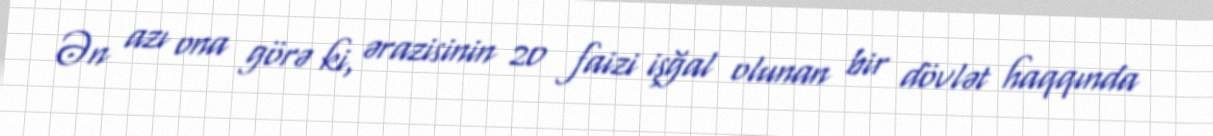
Ən azı ona görə ki, ərazisinin 20 faizi işğal olunan bir dövlət haqqında